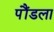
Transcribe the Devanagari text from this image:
पौंडला